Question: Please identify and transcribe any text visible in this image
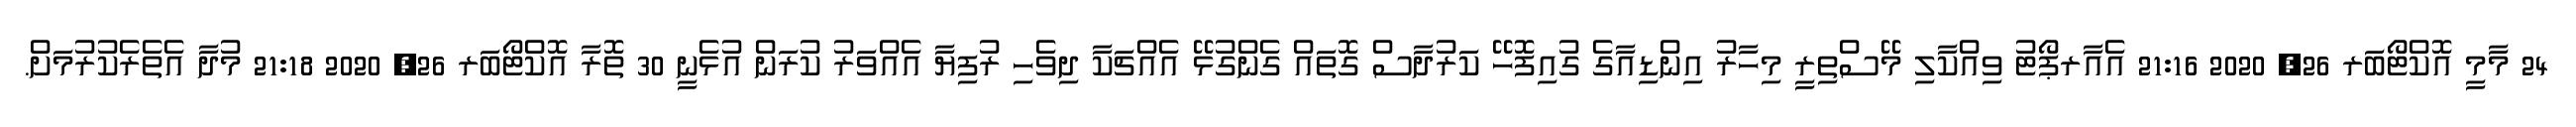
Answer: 24 މާމީ އޮކްޓޯބަރ 26, 2020 21:16 އެއާރޕޯޓު ވިއްކާލި މޭސްތިރީ މިހާރު އިންޑިއާގެ ގުއިފޮހޭ ކަރުދާސް ގޮތައް ގެންގުޅޭ އެއްޗަކާ ދިވެހި ރުފިޔާ އެއްވަރު ކުރަން އުޅެނީ 30 ތޮރާ އޮކްޓޯބަރ 26, 2020 21:18 މުދާ އެތެރެކުރުމަށް.